Civil Veterinary Department. United Provinces 1932-42 - 1932-1942
Year: 1932
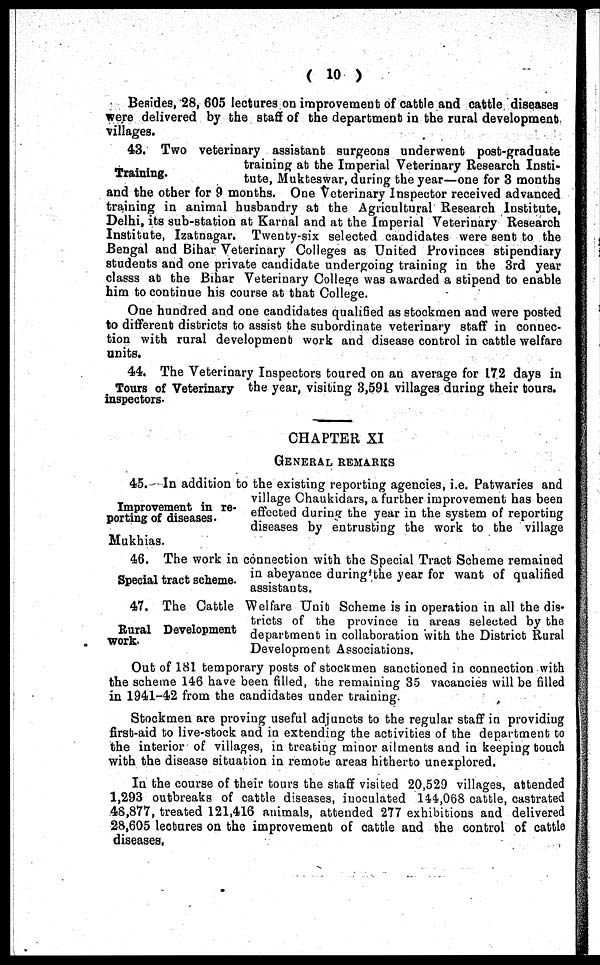
( 10 )
Besides, 28, 605 lectures on improvement of cattle and cattle diseases
were delivered by the staff of the department in the rural development
villages.
Training.
43. Two veterinary assistant surgeons underwent post-graduate
training at the Imperial Veterinary Research Insti-
tute, Mukteswar, during the year—one for 3 months
and the other for 9 months. One Veterinary Inspector received advanced
training in animal husbandry at the Agricultural Research Institute,
Delhi, its sub-station at Karnal and at the Imperial Veterinary Research
Institute, Izatnagar. Twenty-six selected candidates were sent to the
Bengal and Bihar Veterinary Colleges as United Provinces stipendiary
students and one private candidate undergoing training in the 3rd year
classs at the Bihar Veterinary College was awarded a stipend to enable
him to continue his course at that College.
One hundred and one candidates qualified as stockmen and were posted
to different districts to assist the subordinate veterinary staff in connec-
tion with rural development work and disease control in cattle welfare
units.
Tours of Veterinary
inspectors.
44. The Veterinary Inspectors toured on an average for 172 days in
the year, visiting 3,591 villages during their tours.
CHAPTER XI
GENERAL RENMARKS
Improvement in re-
porting of diseases.
45. In addition to the existing reporting agencies, i.e. Patwaries and
village Chaukidars, a further improvement has been
effected during the year in the system of reporting
diseases by entrusting the work to the village
Mukhias.
Special tract scheme.
46. The work in connection with the Special Tract Scheme remained
in abeyance during the year for want of qualified
assistants.
Rural Development
work.
47. The Cattle Welfare Unit Scheme is in operation in all the dis-
tricts of the province in areas selected by the
department in collaboration with the District Rural
Development Associations.
Out of 181 temporary posts of stockmen sanctioned in connection with
the scheme 146 have been filled, the remaining 35 vacancies will be filled
in 1941-42 from the candidates under training.
Stockmen are proving useful adjuncts to the regular staff in providing
first-aid to live-stock and in extending the activities of the department to
the interior of villages, in treating minor ailments and in keeping touch
with the disease situation in remote areas hitherto unexplored.
In the course of their tours the staff visited 20,529 villages, attended
1,293 outbreaks of cattle diseases, inoculated 144,068 cattle, castrated
48,877, treated 121,416 animals, attended 277 exhibitions and delivered
28,605 lectures on the improvement of cattle and the control of cattle
diseases.